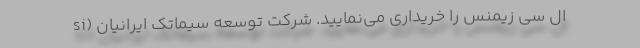
ال سی زیمنس را خریداری می‌­نمایید. شرکت توسعه سیماتک ایرانیان (si